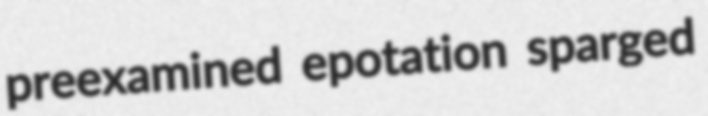
preexamined epotation sparged